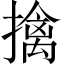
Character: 擒